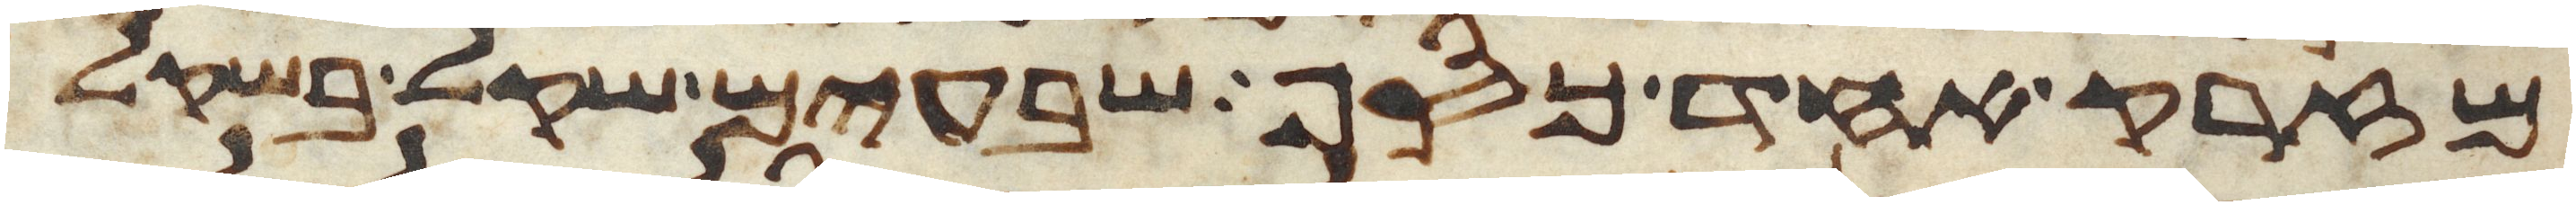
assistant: מזרק אחד כסף שבעים שקל בשקל